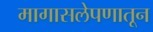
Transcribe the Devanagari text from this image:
मागासलेपणातून